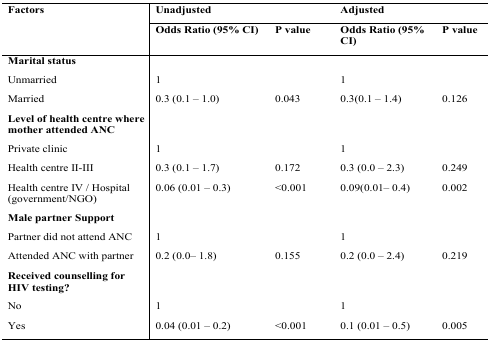
| <ROWSPAN=2> Factors | <COLSPAN=2> Unadjusted | <COLSPAN=2> Adjusted |
 | Odds Ratio (95% CI) | P value | Odds Ratio (95%CI) | P value |
 | --- | --- | --- | --- | --- |
 | Marital status |  |  |  |  |
 | Unmarried | 1 |  | 1 |  |
 | Married | 0.3 (0.1 – 1.0) | 0.043 | 0.3(0.1 – 1.4) | 0.126 |
 | Level of health centre wheremother attended ANC |  |  |  |  |
 | Private clinic | 1 |  | 1 |  |
 | Health centre II–III | 0.3 (0.1 – 1.7) | 0.172 | 0.3 (0.0 – 2.3) | 0.249 |
 | Health centre IV / Hospital(government/NGO) | 0.06 (0.01 – 0.3) | <0.001 | 0.09(0.01– 0.4) | 0.002 |
 | Male partner Support |  |  |  |  |
 | Partner did not attend ANC | 1 |  | 1 |  |
 | Attended ANC with partner | 0.2 (0.0– 1.8) | 0.155 | 0.2 (0.0 – 2.4) | 0.219 |
 | Received counselling forHIV testing? |  |  |  |  |
 | No | 1 |  | 1 |  |
 | Yes | 0.04 (0.01 – 0.2) | <0.001 | 0.1 (0.01 – 0.5) | 0.005 |